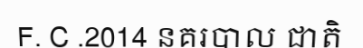
F. C .2014 នគរបាល ជាតិ